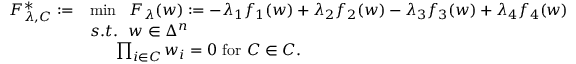
\begin{array} { r l } { F _ { \lambda , { \cal C } } ^ { * } : = } & { \operatorname* { m i n } ~ ~ F _ { \lambda } ( w ) : = - \lambda _ { 1 } f _ { 1 } ( w ) + \lambda _ { 2 } f _ { 2 } ( w ) - \lambda _ { 3 } f _ { 3 } ( w ) + \lambda _ { 4 } f _ { 4 } ( w ) } \\ & { s . t . ~ ~ w \in \Delta ^ { n } } \\ & { ~ ~ ~ ~ ~ \prod _ { i \in C } w _ { i } = 0 ~ \mathrm { f o r } ~ C \in { \cal C } . } \end{array}